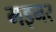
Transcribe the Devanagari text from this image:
मइनर